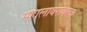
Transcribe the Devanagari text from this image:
महालाबरोबरच